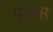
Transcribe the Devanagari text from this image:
प्‍लस